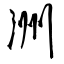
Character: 洲